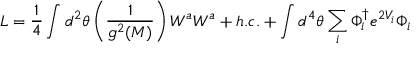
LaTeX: L = { \frac { 1 } { 4 } } \int d ^ { 2 } \theta \left( { \frac { 1 } { g ^ { 2 } ( M ) } } \right) W ^ { a } W ^ { a } + h . c . + \int d ^ { 4 } \theta \sum _ { i } \Phi _ { i } ^ { \dagger } e ^ { 2 V _ { i } } \Phi _ { i }